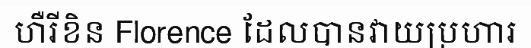
ហឺរីខិន Florence ដែលបានវាយប្រហារ